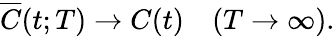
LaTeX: \overline{{C}}(t;T)\to C(t)\quad(T\to\infty).